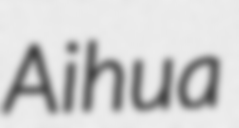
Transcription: Aihua